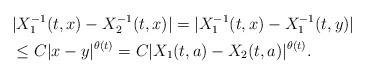
LaTeX: \begin{align*}&|X_1^{-1}(t,x) - X_2^{-1}(t,x) | = |X_1^{-1}(t,x) -X_1^{-1}(t,y) |\\& \leq C| x-y |^{\theta(t)} = C| X_1(t,a) - X_2(t,a) |^{\theta(t)}. \end{align*}